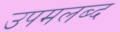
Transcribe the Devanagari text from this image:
उपमलब्द